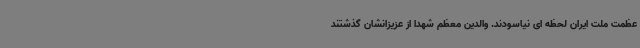
عظمت ملت ایران لحظه ای نیاسودند. والدین معظم شهدا از عزیزانشان گذشتند